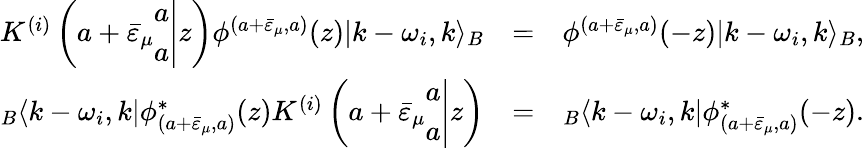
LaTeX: \begin{array}{rcl}{{K^{(i)}\left(\left.a+\bar{\varepsilon}_{\mu}\begin{array}{c}{{a}}\\ {{a}}\end{array}\right|z\right)\phi^{(a+\bar{\varepsilon}_{\mu},a)}(z)|k-\omega_{i},k\rangle_{B}}}&{{=}}&{{\phi^{(a+\bar{\varepsilon}_{\mu},a)}(-z)|k-\omega_{i},k\rangle_{B},}}\\ {{{}_{B}\langle k-\omega_{i},k|\phi_{(a+\bar{\varepsilon}_{\mu},a)}^{*}(z)K^{(i)}\left(\left.a+\bar{\varepsilon}_{\mu}\begin{array}{c}{{a}}\\ {{a}}\end{array}\right|z\right)}}&{{=}}&{{{}_{B}\langle k-\omega_{i},k|\phi_{(a+\bar{\varepsilon}_{\mu},a)}^{*}(-z).}}\end{array}